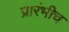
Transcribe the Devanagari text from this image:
प्रारंभीच